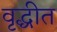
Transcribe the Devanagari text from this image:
वृद्धीत